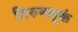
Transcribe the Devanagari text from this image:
तिरुमलूक्कं